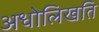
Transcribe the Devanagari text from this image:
अधोलिखति